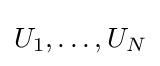
U_{1},\dots ,U_{N}